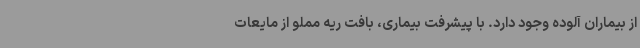
از بیماران آلوده وجود دارد. با پیشرفت بیماری، بافت ریه مملو از مایعات